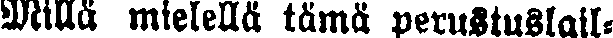
Millä mielellä tämä perustuslail-